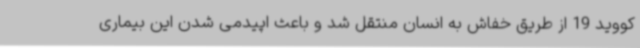
کووید 19 از طریق خفاش به انسان منتقل شد و باعث اپیدمی شدن این بیماری